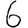
Digit: 6